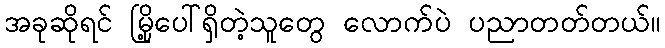
အခုဆိုရင် မြို့ပေါ်ရှိတဲ့သူတွေ လောက်ပဲ ပညာတတ်တယ်။